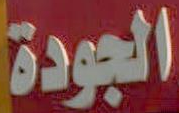
الجودة